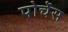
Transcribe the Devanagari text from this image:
पोर्चेस